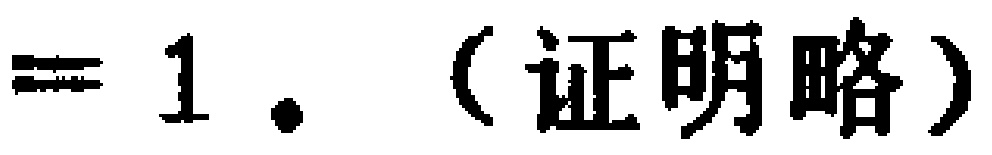
$= 1. （证明略）$